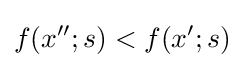
f(x'';s)<f(x';s)